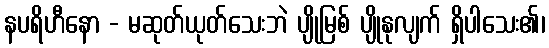
နပရိဟီနော - မဆုတ်ယုတ်သေးဘဲ ပျိုမြစ် ပျိုနုလျက် ရှိပါသေး၏၊